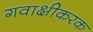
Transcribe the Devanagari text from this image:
गवाक्षीकरक